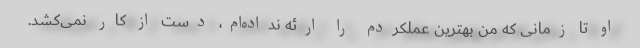
او تا زمانی که من بهترین عملکردم را ارئه نداده‌ام، دست از کار نمی‌کشد.